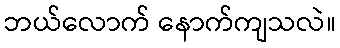
ဘယ်လောက် နောက်ကျသလဲ။